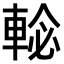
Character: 𨌕